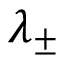
\lambda _ { \pm }